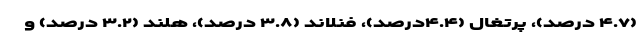
(۴.۷ درصد)، پرتغال (۴.۴درصد)، فنلاند (۳.۸ درصد)، هلند (۳.۲ درصد) و